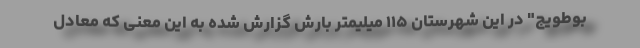
بوطویج" در این شهرستان ۱۱۵ میلیمتر بارش گزارش شده به این معنی که معادل